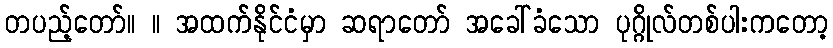
တပည့်တော်။ ။ အထက်နိုင်ငံမှာ ဆရာတော် အခေါ်ခံသော ပုဂ္ဂိုလ်တစ်ပါးကတော့